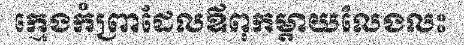
ក្មេងកំព្រាដែលឪពុកម្តាយលែងលះ